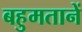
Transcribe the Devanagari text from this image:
बहुमतानें